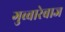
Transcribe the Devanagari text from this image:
गुब्बारेबाज